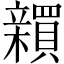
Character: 𬔫